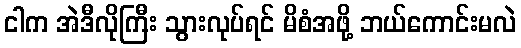
ငါက အဲဒီလိုကြီး သွားလုပ်ရင် မိစံအဖို့ ဘယ်ကောင်းမလဲ